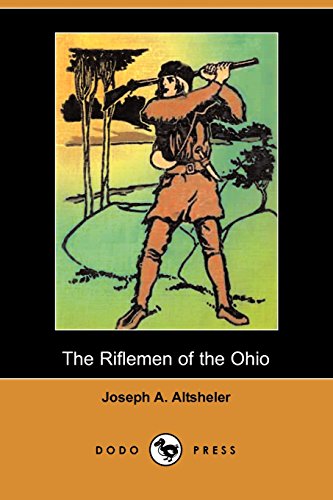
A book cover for The Riflemen of the Ohio (Dodo Press); Joseph A. Altsheler; Teen & Young Adult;